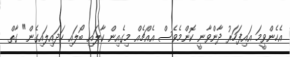
އެހެންވީމަ އައިފަހަރު ދާންވާނީ ކޮންމެވެސް އެއްޗެއް މިގެއިން ކާލައި ބޯލައި ހަދައިލައިގެން" ގާތް